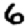
Digit: 6